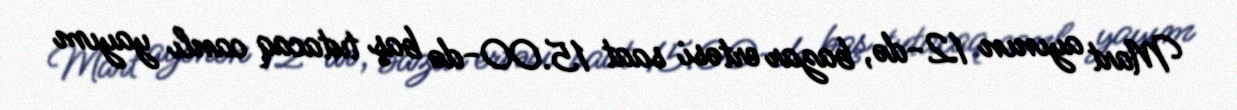
Mart ayının 12-də, bazar ertəsi saat 15.00-də baş tutacaq canlı yayım